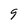
Character: 9